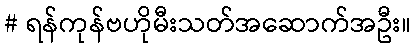
# ရန်ကုန်ဗဟိုမီးသတ်အဆောက်အဦး။